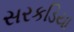
સરકડિયા